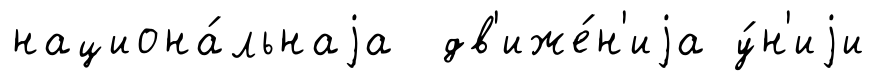
национа́льнаjа дв'иже́н'иjа у́н'иjи